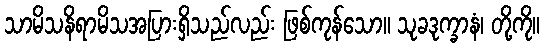
သာမိသနိရာမိသအပြားရှိသည်လည်း ဖြစ်ကုန်သော။ သုခဒုက္ခာနံ၊ တို့ကို။